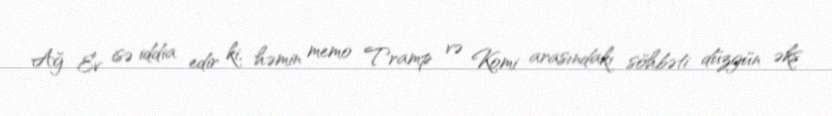
Ağ Ev isə iddia edir ki, həmin memo Tramp və Komi arasındakı söhbəti düzgün əks